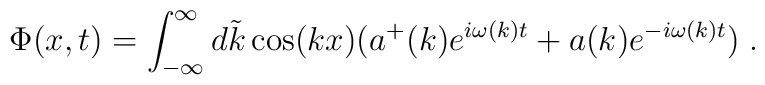
\Phi (x,t)=\int ^{\infty }_{-\infty }d\tilde{k}\cos (kx)(a^{+}(k)e^{i\omega (k)t}+a(k)e^{-i\omega (k)t})\; .